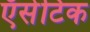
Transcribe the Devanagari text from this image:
ऍसेटिक